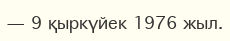
— 9 қыркүйек 1976 жыл.